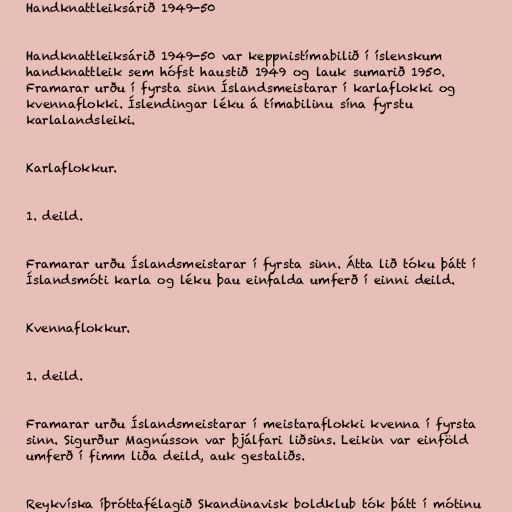
Handknattleiksárið 1949-50

Handknattleiksárið 1949-50 var keppnistímabilið í íslenskum
handknattleik sem hófst haustið 1949 og lauk sumarið 1950.
Framarar urðu í fyrsta sinn Íslandsmeistarar í karlaflokki og
kvennaflokki. Íslendingar léku á tímabilinu sína fyrstu
karlalandsleiki.

Karlaflokkur.

1. deild.

Framarar urðu Íslandsmeistarar í fyrsta sinn. Átta lið tóku þátt í
Íslandsmóti karla og léku þau einfalda umferð í einni deild.

Kvennaflokkur.

1. deild.

Framarar urðu Íslandsmeistarar í meistaraflokki kvenna í fyrsta
sinn. Sigurður Magnússon var þjálfari liðsins. Leikin var einföld
umferð í fimm liða deild, auk gestaliðs.

Reykvíska íþróttafélagið Skandinavisk boldklub tók þátt í mótinu